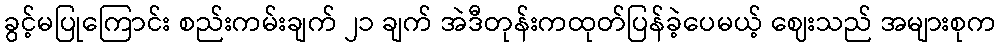
ခွင့်မပြုကြောင်း စည်းကမ်းချက် ၂၁ ချက် အဲဒီတုန်းကထုတ်ပြန်ခဲ့ပေမယ့် ဈေးသည် အများစုက